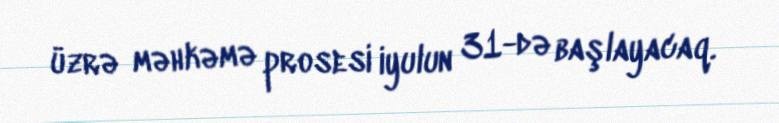
üzrə məhkəmə prosesi iyulun 31-də başlayacaq.